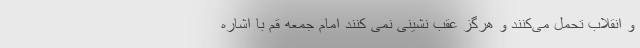
و انقلاب تحمل می‌کنند و هرگز عقب نشینی نمی کنند امام جمعه قم با ‌اشاره